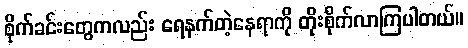
စိုက်ခင်းတွေကလည်း ရေနက်တဲ့နေရာကို တိုးစိုက်လာကြပါတယ်။